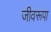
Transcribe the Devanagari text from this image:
जीवरूपा